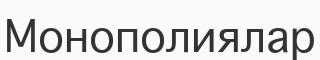
Монополиялар